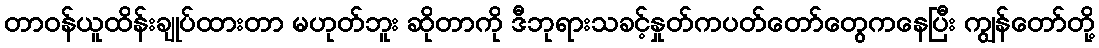
တာဝန်ယူထိန်းချုပ်ထားတာ မဟုတ်ဘူး ဆိုတာကို ဒီဘုရားသခင့်နှုတ်ကပတ်တော်တွေကနေပြီး ကျွန်တော်တို့